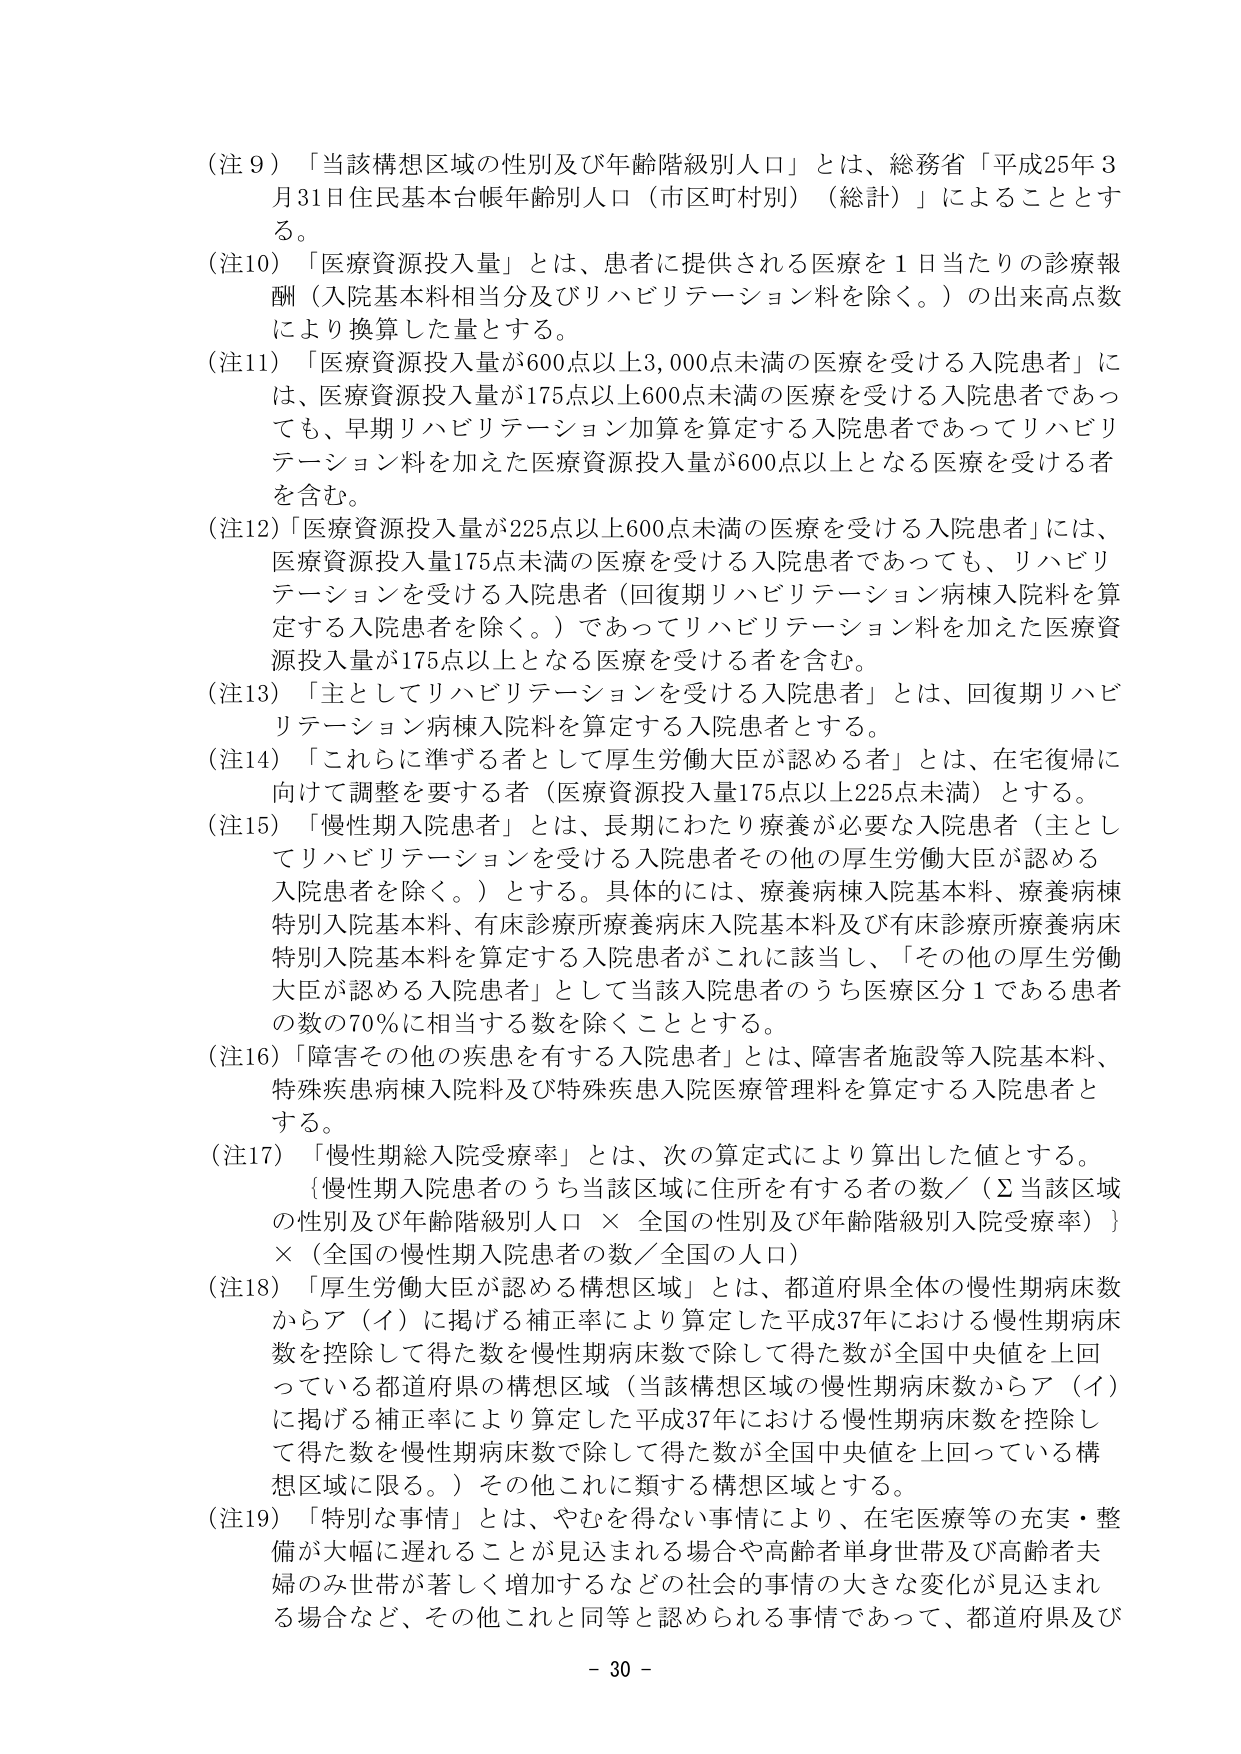
（注９）「当該構想区域の性別及び年齢階級別人口」とは、総務省「平成25年3月31日住民基本台帳年齢別人口（市区町村別）（総計）」によることとする。

（注10）「医療資源投入量」とは、患者に提供される医療を１日当たりの診療報酬（入院基本料相当分及びリハビリテーション料を除く。）の出来高点数により換算した量とする。

（注11）「医療資源投入量が600点以上3,000点未満の医療を受ける入院患者」には、医療資源投入量が175点以上600点未満の医療を受ける入院患者であっても、早期リハビリテーション加算を算定する入院患者であってリハビリテーション料を加えた医療資源投入量が600点以上となる医療を受ける者を含む。

（注12）「医療資源投入量が225点以上600点未満の医療を受ける入院患者」には、医療資源投入量175点未満の医療を受ける入院患者であっても、リハビリテーションを受ける入院患者（回復期リハビリテーション病棟入院料を算定する入院患者を除く。）であってリハビリテーション料を加えた医療資源投入量が175点以上となる医療を受ける者を含む。

（注13）「主としてリハビリテーションを受ける入院患者」とは、回復期リハビリテーション病棟入院料を算定する入院患者とする。

（注14）「これらに準ずる者として厚生労働大臣が認める者」とは、在宅復帰に向けて調整を要する者（医療資源投入量175点以上225点未満）とする。

（注15）「慢性期入院患者」とは、長期にわたり療養が必要な入院患者（主としてリハビリテーションを受ける入院患者その他の厚生労働大臣が認める入院患者を除く。）とする。具体的には、療養病棟入院基本料、療養病棟特別入院基本料、有床診療所療養病床入院基本料及び有床診療所療養病床特別入院基本料を算定する入院患者がこれに該当し、「その他の厚生労働大臣が認める入院患者」として当該入院患者のうち医療区分1である患者の数の70％に相当する数を除くこととする。

（注16）「障害その他の疾患を有する入院患者」とは、障害者施設等入院基本料、特殊疾患病棟入院料及び特殊疾患入院医療管理料を算定する入院患者とする。

（注17）「慢性期総入院受療率」とは、次の算定式により算出した値とする。
{慢性期入院患者のうち当該区域に住所を有する者の数／（Σ当該区域の性別及び年齢階級別人口 × 全国の性別及び年齢階級別入院受療率）}
×（全国の慢性期入院患者の数／全国の人口）

（注18）「厚生労働大臣が認める構想区域」とは、都道府県全体の慢性期病床数からア（イ）に掲げる補正率により算定した平成37年における慢性期病床数を控除して得た数を慢性期病床数で除して得た数が全国中央値を上回っている都道府県の構想区域（当該構想区域の慢性期病床数からア（イ）に掲げる補正率により算定した平成37年における慢性期病床数を控除して得た数を慢性期病床数で除して得た数が全国中央値を上回っている構想区域に限る。）その他これに類する構想区域とする。

（注19）「特別な事情」とは、やむを得ない事情により、在宅医療等の充実・整備が大幅に遅れることが見込まれる場合や高齢者単身世帯及び高齢者夫婦のみ世帯が著しく増加するなどの社会的事情の大きな変化が見込まれる場合など、その他これと同等と認められる事情であって、都道府県及び

- 30 -